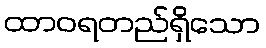
ထာဝရတည်ရှိသော